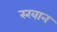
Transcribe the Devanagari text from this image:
स्खान